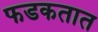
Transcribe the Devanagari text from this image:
फडकतात